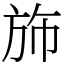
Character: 斾